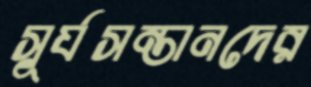
সূর্যসন্তানদের